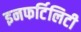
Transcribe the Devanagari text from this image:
इनफर्टिलिटी